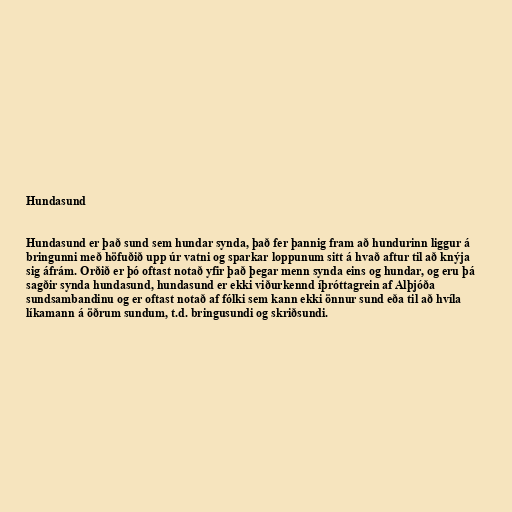
Hundasund

Hundasund er það sund sem hundar synda, það fer þannig fram að hundurinn liggur á
bringunni með höfuðið upp úr vatni og sparkar loppunum sitt á hvað aftur til að knýja
sig áfrám. Orðið er þó oftast notað yfir það þegar menn synda eins og hundar, og eru þá
sagðir synda hundasund, hundasund er ekki viðurkennd íþróttagrein af Alþjóða
sundsambandinu og er oftast notað af fólki sem kann ekki önnur sund eða til að hvíla
líkamann á öðrum sundum, t.d. bringusundi og skriðsundi.